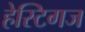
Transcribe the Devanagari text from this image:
हेस्टिगज